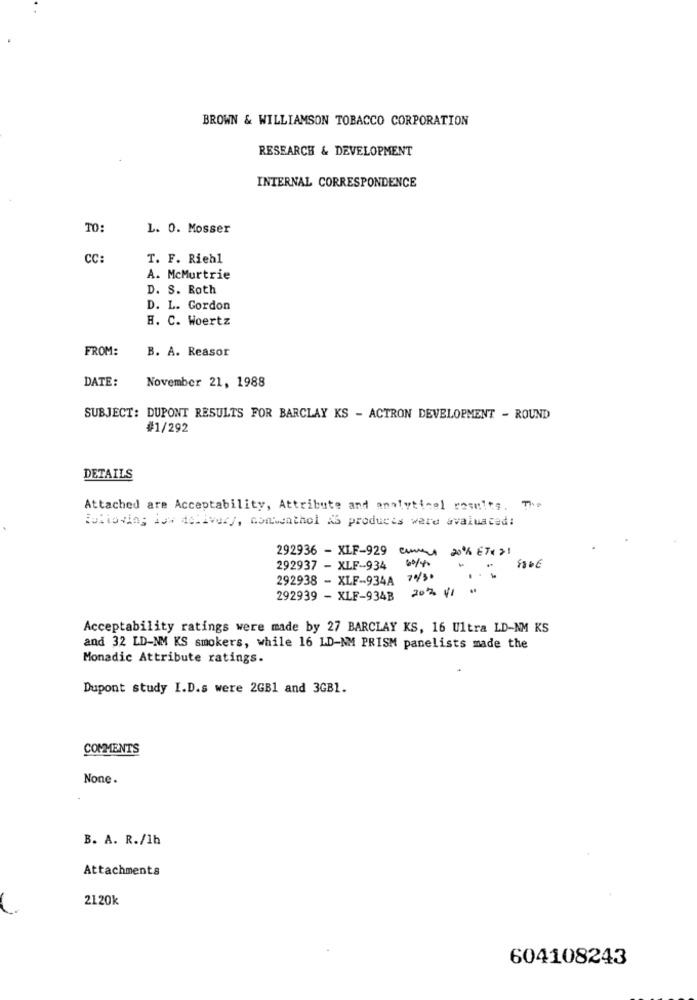
BROWN & WILLIAMSON TOBACCO CORPORATION
RESEARCH & DEVELOPMENT
INTERNAL CORRESPONDENCE
TO:
L. O. Mosser
CC:
T. F. Riehl
A. McMurtrie
D. S. Roth
D. L. Gordon
H. C. Woertz
FROM:
B. A. Reasor
DATE:
November 21, 1988
SUBJECT: DUPONT RESULTS FOR BARCLAY KS - ACTRON DEVELOPMENT - ROUND
#1/292
DETAILS
Attached are Acceptability, Attribute and analytical results. The
Bultoving low delivery, commenthol AS products were avaluated:
292936 - XLF-929 cuma 20% ETx 21
292937 - XLF-934
292938 - XLF-934A 743.
2012 41
292939 - XLF-934B
Acceptability ratings were made by 27 BARCLAY KS, 16 Ultra LD-NM KS
and 32 LD-NM KS smokers, while 16 LD-NM PRISM panelists made the
Monadic Attribute ratings.
Dupont study I.D.s were 2GB1 and 3GB1.
COMMENTS
None.
B. A. R./1h
Attachments
2120k
604108243